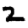
Digit: 2